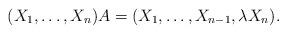
LaTeX: \begin{align*}(X_1,\dots,X_n)A=(X_1,\dots,X_{n-1},\lambda X_n).\end{align*}